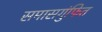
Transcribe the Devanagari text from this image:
समासगुंफित